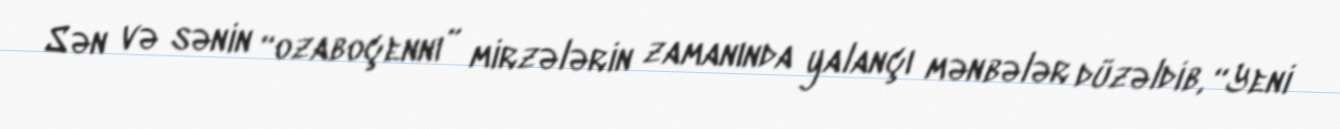
Sən və sənin “ozaboçennı” mirzələrin zamanında yalançı mənbələr düzəldib, “Yeni